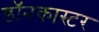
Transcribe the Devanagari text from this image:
डॉनकास्टर